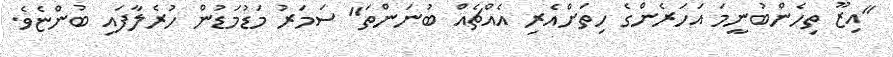
"އިޒޫ ތިހެންބުނީމަ އަހަރެންގެ ހިތަށްއެރި އެއްޗެއް ބުނަންތަ" ސަމަރު މަޑުމަޑުން ހުރެލާފައި ބުންޏެވެ.